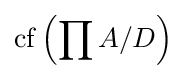
\operatorname {cf} \left(\prod A/D\right)